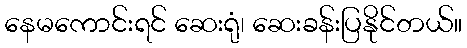
နေမကောင်းရင် ဆေးရုံ၊ ဆေးခန်းပြနိုင်တယ်။